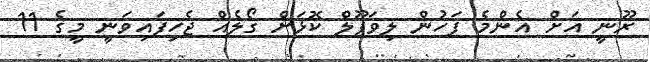
ރޫނީ އަށް އެންމެ ފަހުން ލިވަޕޫލް ކޮޅަށް ގޯލެއް ޖެހިފައިވަނީ މީގެ 11